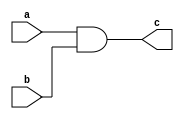
module and2(c,a,b);
    input a,b;
    output c;
    assign c=a&b;
endmodule